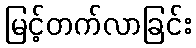
မြင့်တက်လာခြင်း